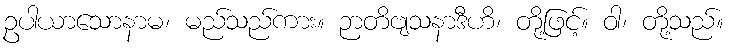
ဥပါယာသောနာမ၊ မည်သည်ကား။ ဉာတိဗျသနာဒီဟိ၊ တို့ဖြင့်။ ဝါ၊ တို့သည်။